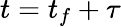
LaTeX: t=t_{f}+\tau